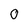
Character: O